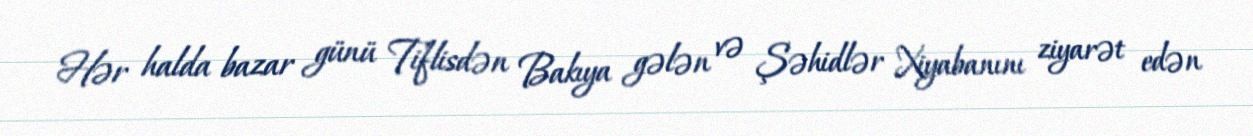
Hər halda bazar günü Tiflisdən Bakıya gələn və Şəhidlər Xiyabanını ziyarət edən